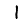
Digit: 1